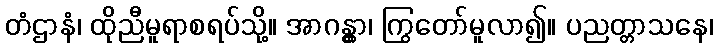
တံဌာနံ၊ ထိုညီမူရာစရပ်သို့။ အာဂန္တွာ၊ ကြွတော်မူလာ၍။ ပညတ္တာသနေ၊